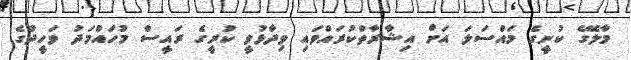
މާލޭގެ ކުނީގެ މައްސަލަ އަށް އިޝާރާތްކުރައްވައި ވިދާޅުވީ ކުރީގެ ރައީސް މުހައްމަދު ވަހީދުގެ